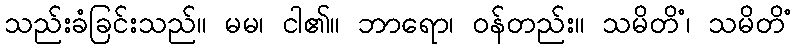
သည်းခံခြင်းသည်။ မမ၊ ငါ၏။ ဘာရော၊ ဝန်တည်း။ သမိတိံ၊ သမိတိံ